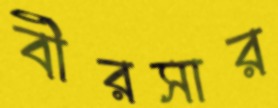
বীরসার